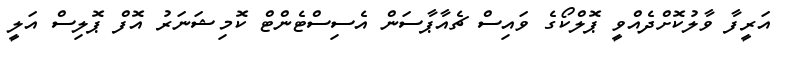
އަރީފާ ވާލުކޮށްދެއްވީ ޕޮލްކޯގެ ވައިސް ޗެއާޕާސަން އެސިސްޓެންޓް ކޮމިޝަނަރު އޮފް ޕޮލިސް އަލީ